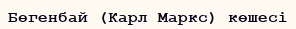
Бөгенбай (Карл Маркс) көшесі